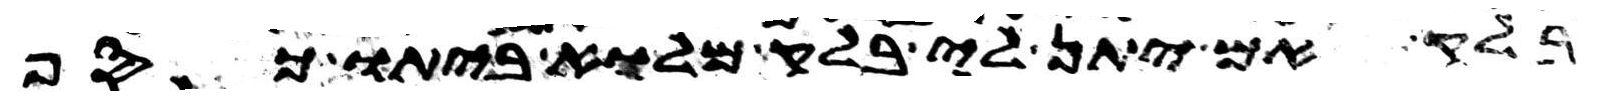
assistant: בלק אם יתן לי בלק מלוא ביתו כסף